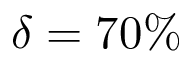
\delta = 7 0 \%